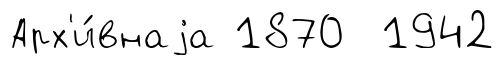
Арх'и́внаjа 1870 1942